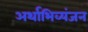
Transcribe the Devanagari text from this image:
अर्थाभिव्यंजन